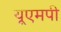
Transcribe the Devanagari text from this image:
यूएमपी